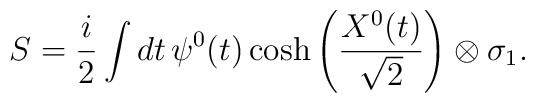
S=\frac{i}{2}\int dt\, \psi^0(t)\cosh\left(\frac{X^0(t)}{\sqrt{2}}\right)\otimes\sigma_1.